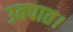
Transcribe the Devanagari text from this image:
उतपात।